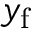
y _ { \mathrm { f } }